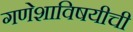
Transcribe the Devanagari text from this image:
गणेशाविषयीची